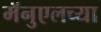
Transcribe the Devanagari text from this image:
मॅनुएलच्या